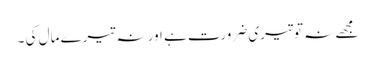
مجھے نہ تو تیری ضرورت ہے اور نہ تیرے مال کی ۔